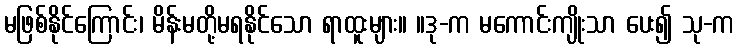
မဖြစ်နိုင်ကြောင်း၊ မိန်းမတို့မရနိုင်သော ရာထူးများ။ ။ဒု-က မကောင်းကျိုးသာ ပေး၍ သု-က